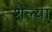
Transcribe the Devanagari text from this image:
शेल्या